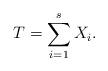
LaTeX: \begin{align*}T= \sum_{i=1}^s X_i . \end{align*}